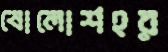
ষোলোশহর